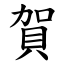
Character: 賀